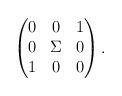
LaTeX: \begin{align*}\begin{pmatrix}0 & 0 & 1 \\ 0 & \Sigma & 0 \\ 1 & 0 & 0\end{pmatrix}.\end{align*}